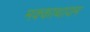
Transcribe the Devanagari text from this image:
मक्काथायम